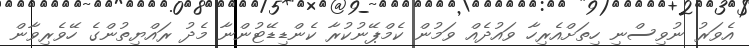
އެވަރު ނުވިސްނި ހިތަށްއެރިހާ ވައުދެއް ވަމުން ކެމްޕޭނުކުރާ ކެންޑިޑޭޓުންނާ މެދު ރައްޔިތުންގެ ހޭވެރިވާން